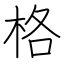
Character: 格